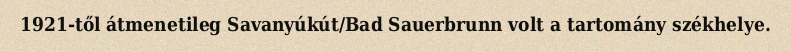
1921-től átmenetileg Savanyúkút/Bad Sauerbrunn volt a tartomány székhelye.